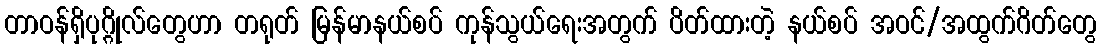
တာဝန်ရှိပုဂ္ဂိုလ်တွေဟာ တရုတ် မြန်မာနယ်စပ် ကုန်သွယ်ရေးအတွက် ပိတ်ထားတဲ့ နယ်စပ် အဝင်/အထွက်ဂိတ်တွေ